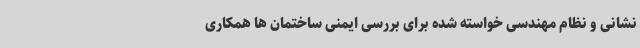
نشانی و نظام مهندسی خواسته شده برای بررسی ایمنی ساختمان ها همکاری